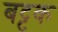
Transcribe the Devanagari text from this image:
बट्टक